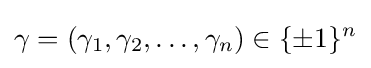
\gamma =(\gamma _{1},\gamma _{2},\ldots ,\gamma _{n})\in \{\pm 1\}^{n}